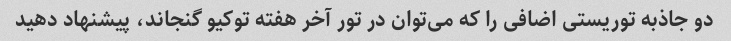
دو جاذبه توریستی اضافی را که می‌توان در تور آخر هفته توکیو گنجاند، پیشنهاد دهید